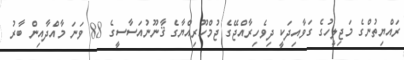
ރައްޔިތުންގެ މަޖިލީހުގެ ގަވާއިދަކީ ދިވެހިރާއްޖޭގެ ޖުމްހޫރިއްޔާގެ ޤާނޫނުއަސާސީގެ 88 ވަނަ މާއްދާއިން ބާރު